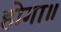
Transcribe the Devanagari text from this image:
होगा॥